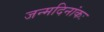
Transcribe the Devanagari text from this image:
जन्मदिनांकः